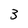
Character: 3